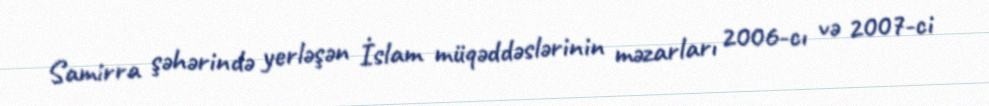
Samirra şəhərində yerləşən İslam müqəddəslərinin məzarları 2006-cı və 2007-ci